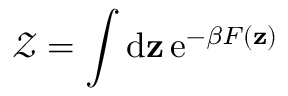
\mathcal { Z } = \int \operatorname { d \mathbf { z } } \operatorname { e } ^ { - \beta F ( \mathbf { z } ) }